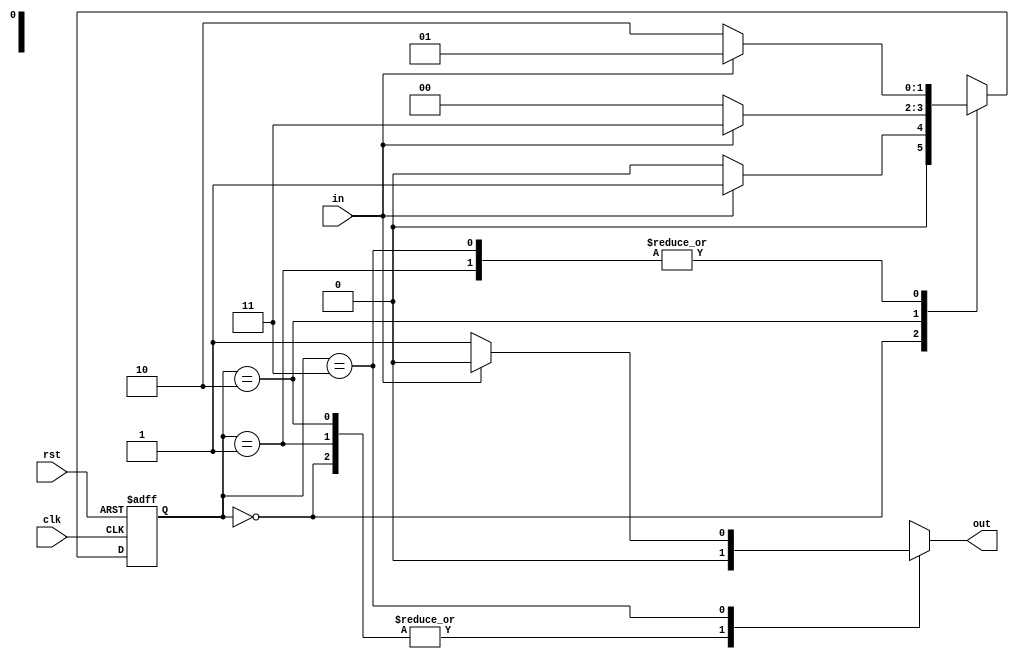
// 1010

module top(
    input wire clk,
    input wire rst,
    input wire in,
    output reg out
);

parameter S0 = 2'b00;
parameter S1 = 2'b01;
parameter S2 = 2'b10;
parameter S3 = 2'b11;

// FSM states

reg [1:0] state, next_state;

always @(posedge clk or posedge rst)
begin
    if (rst)
        state <= S0;
    else
        state <= next_state;
end

// FSM next state logic and output logic

always @(*) begin

    case(state)

        S0: if(in) begin
                next_state = S1;
                out = 0;
            end
            else begin
                next_state = S0;
                out = 0;
            end

        S1: if(in) begin
                next_state = S1;
                out = 0;
            end
            else begin
                next_state = S2;
                out = 0;
            end

        S2: if(in) begin
                next_state = S3;
                out = 0;
        end else begin
                next_state = S0;
                out = 0;
        end

        S3: if(in) begin
            next_state = S1;
            out = 0;
        end else begin
            next_state =  S2;
            out = 1;
        end

    endcase

end

endmodule